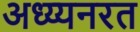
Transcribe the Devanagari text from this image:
अध्य्यनरत